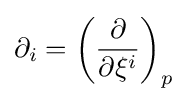
\partial _{i}=\left({\frac {\partial }{\partial \xi ^{i}}}\right)_{p}